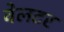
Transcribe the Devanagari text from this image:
वेलटर